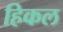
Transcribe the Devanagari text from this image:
हिकल